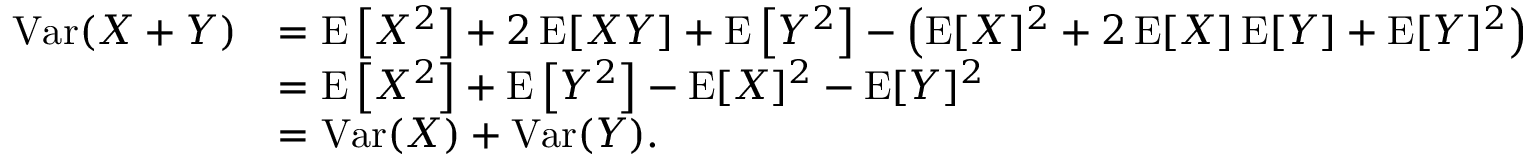
{ \begin{array} { r l } { \operatorname { V a r } ( X + Y ) } & { = \operatorname { E } \left[ X ^ { 2 } \right] + 2 \operatorname { E } [ X Y ] + \operatorname { E } \left[ Y ^ { 2 } \right] - \left( \operatorname { E } [ X ] ^ { 2 } + 2 \operatorname { E } [ X ] \operatorname { E } [ Y ] + \operatorname { E } [ Y ] ^ { 2 } \right) } \\ & { = \operatorname { E } \left[ X ^ { 2 } \right] + \operatorname { E } \left[ Y ^ { 2 } \right] - \operatorname { E } [ X ] ^ { 2 } - \operatorname { E } [ Y ] ^ { 2 } } \\ & { = \operatorname { V a r } ( X ) + \operatorname { V a r } ( Y ) . } \end{array} }